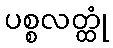
ပစ္စလတ္ထုံ